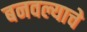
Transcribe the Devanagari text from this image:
बनवल्याचे